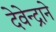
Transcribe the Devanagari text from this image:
देवेन्द्राने